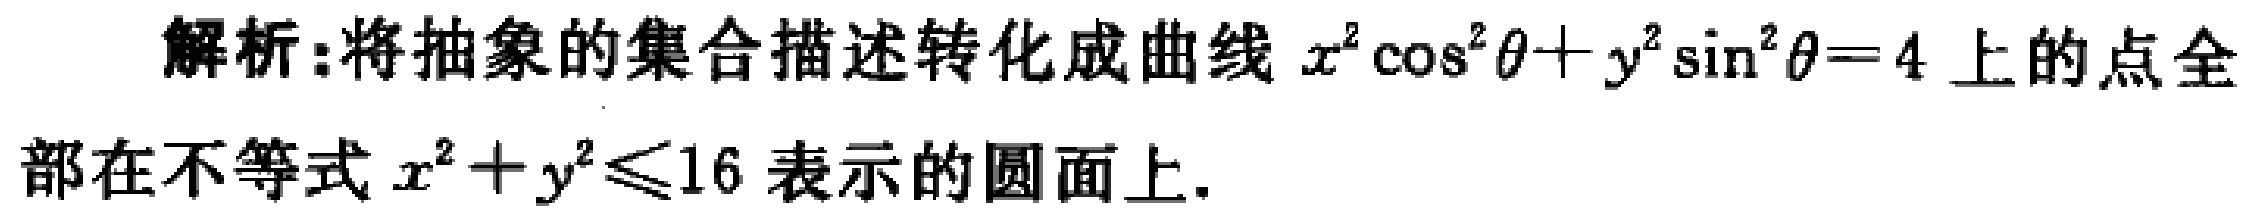
解析:将抽象的集合描述转化成曲线 \(x^{2}\cos^{2}\theta + y^{2}\sin^{2}\theta = 4\) 上的点全部在不等式 \(x^{2}+y^{2}\leq16\) 表示的圆面上.